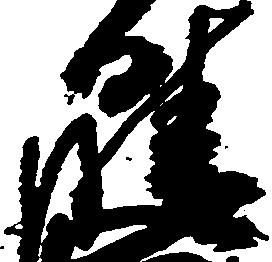
晴